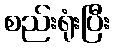
စည်းရုံးပြီး